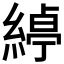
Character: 𮈱